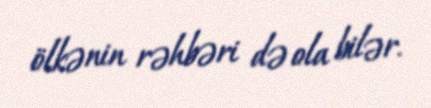
ölkənin rəhbəri də ola bilər.